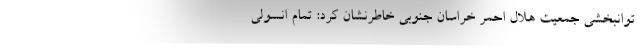
توانبخشی جمعیت هلال‌ احمر خراسان‌ جنوبی خاطرنشان کرد: تمام انسولی